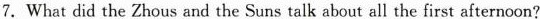
7.What did the Zhous and the Suns talk about all the first afternoon?